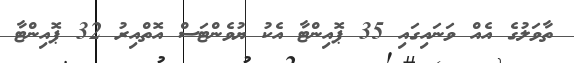
ތާވަލުގެ އެއް ވަނައިގައި 35 ޕޮއިންޓާ އެކު ޔުވެންޓަސް އޮތްއިރު 32 ޕޮއިންޓާ